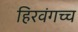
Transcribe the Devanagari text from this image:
हिरवंगच्च